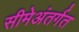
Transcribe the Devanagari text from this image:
सीमेअंतर्गत